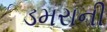
ડમરાની